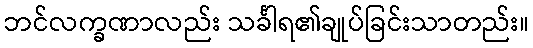
ဘင်လက္ခဏာလည်း သင်္ခါရ၏ချုပ်ခြင်းသာတည်း။